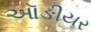
ઑઙીયર